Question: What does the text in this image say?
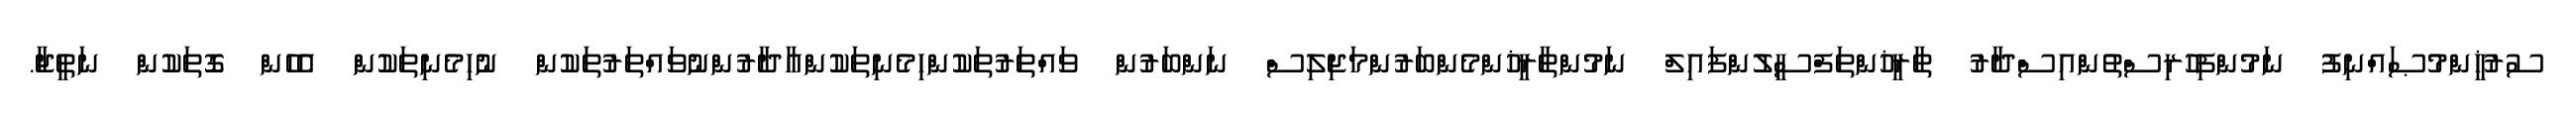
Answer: ސުރުޚީންމުޞައްނިފު ނަމުންފިހުރިސްތުންއިސްދާރު ތާރީޚުންތަފްސީލުންފައިލް ނަމުންތާރީޚުންމެންބަރުންމަޖިލިސް ނަންބަރުން ވައްތަރުތަކުންހިމެނިތަކުންއާދާރުންނުވައްތަރުތަކުން ނުހިމެނިތަކުން އެހެން ގޮތަކުން ނަތީޖާ.